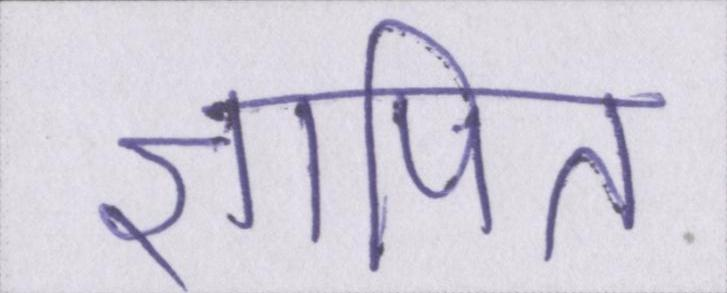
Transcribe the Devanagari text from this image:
ज्ञापित